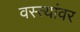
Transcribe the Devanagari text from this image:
वस्त्यांवर